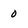
Character: 0